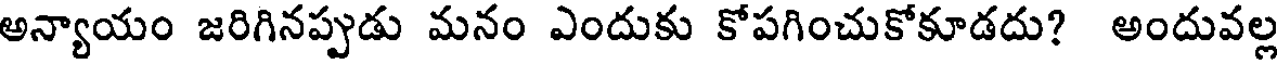
అన్యాయం జరిగినప్పుడు మనం ఎందుకు కోపగించుకోకూడదు? అందువల్ల